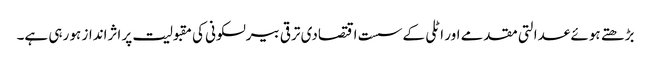
بڑھتے ہوئے عدالتی مقدمے اور اٹلی کے سست اقتصادی ترقی بیرلسکونی کی مقبولیت پر اثرانداز ہو رہی ہے۔